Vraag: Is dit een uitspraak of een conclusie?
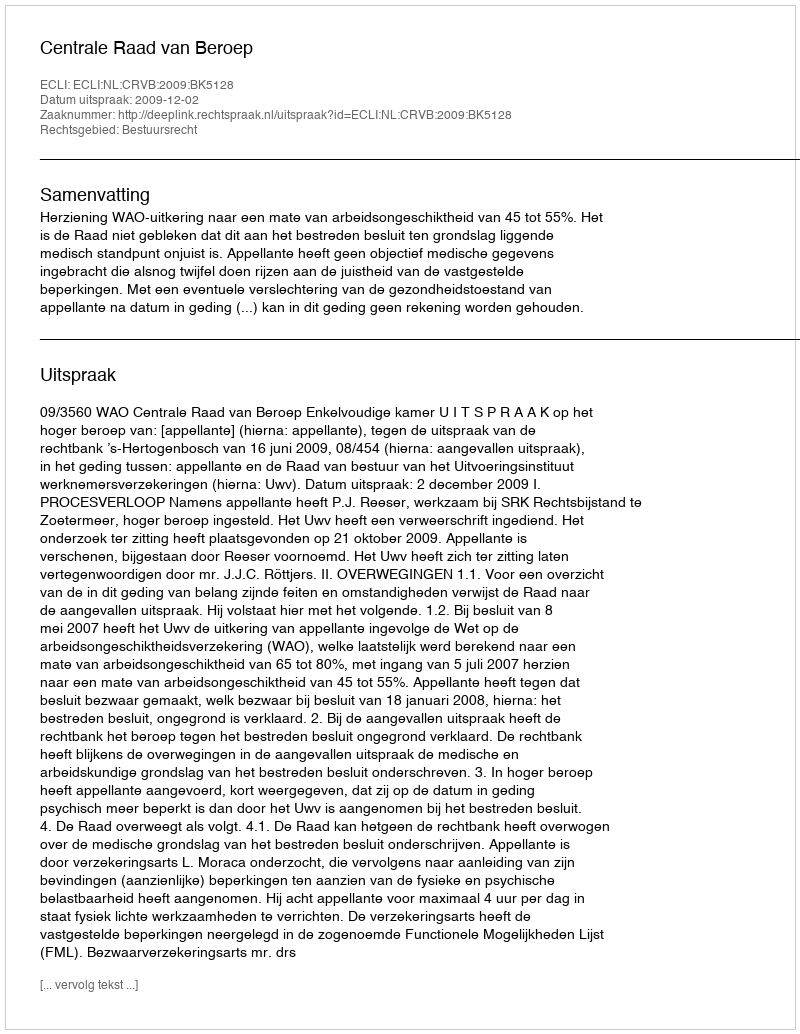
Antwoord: Uitspraak